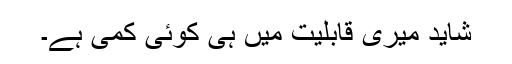
شاید میری قابلیت میں ہی کوئی کمی ہے۔